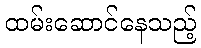
ထမ်းဆောင်နေသည့်